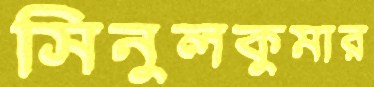
সিনুলকুমার